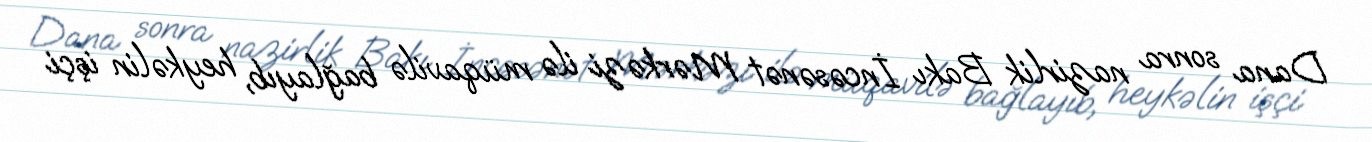
Dana sonra nazirlik Bakı İncəsənət Mərkəzi ilə müqavilə bağlayıb, heykəlin işçi